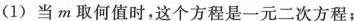
(1)当m取何值时，这个方程是一元二次方程；